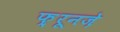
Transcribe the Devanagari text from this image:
फ़्रूनज़े